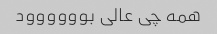
همه چی عالی بوووووود